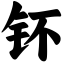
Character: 钚